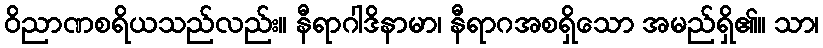
ဝိညာဏစရိယသည်လည်း။ နီရာဂါဒိနာမာ၊ နီရာဂအစရှိသော အမည်ရှိ၏။ သာ၊